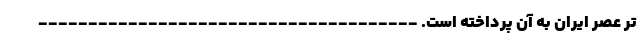
تر عصر ایران به آن پرداخته است. --------------------------------------